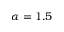
\alpha = 1 . 5